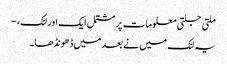
ملتی جلتی معلومات پر مشتمل ایک اور لنک، -
یہ لنک میں نے بعد میں ڈھونڈھا۔